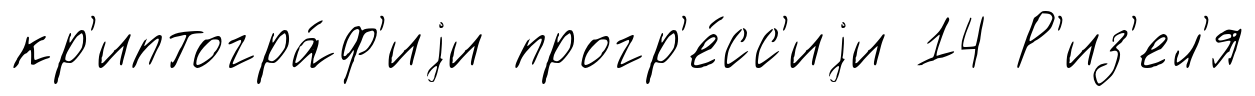
кр'иптогра́ф'иjи прогр'е́сс'иjи 14 Р'из'ел'я